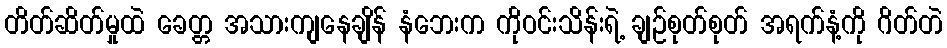
တိတ်ဆိတ်မှုထဲ ခေတ္တ အသားကျနေချိန် နံဘေးက ကိုဝင်းသိန်းရဲ့ ချဉ်စုတ်စုတ် အရက်နံ့ကို ဂိတ်တဲ